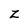
Character: Z